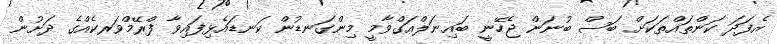
އެފަދަ ކަންތައްތަކަށް ބަސް ބުނަން ޖެހޭނީ ބައިނަލްއަގްވާމީ މިންގަނޑުން ކަނޑައެޅިފައިވާ ފްރޭމްވަރކެއްގެ ދަށުން